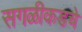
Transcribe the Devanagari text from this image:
सगळीकडचे